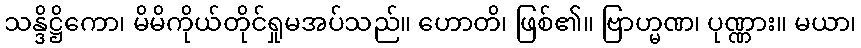
သန္ဒိဋ္ဌိကော၊ မိမိကိုယ်တိုင်ရှုမအပ်သည်။ ဟောတိ၊ ဖြစ်၏။ ဗြာဟ္မဏ၊ ပုဏ္ဏား။ မယာ၊